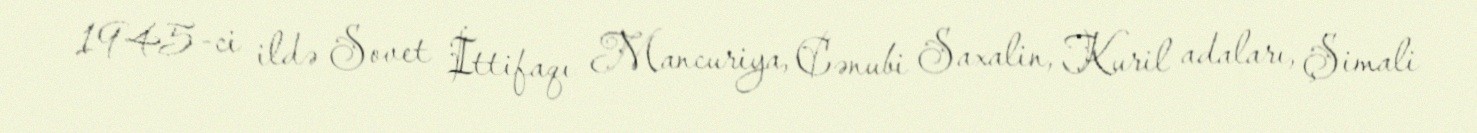
1945-ci ildə Sovet İttifaqı Mancuriya, Cənubi Saxalin, Kuril adaları, Şimali